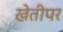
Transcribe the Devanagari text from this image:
खेतीपर